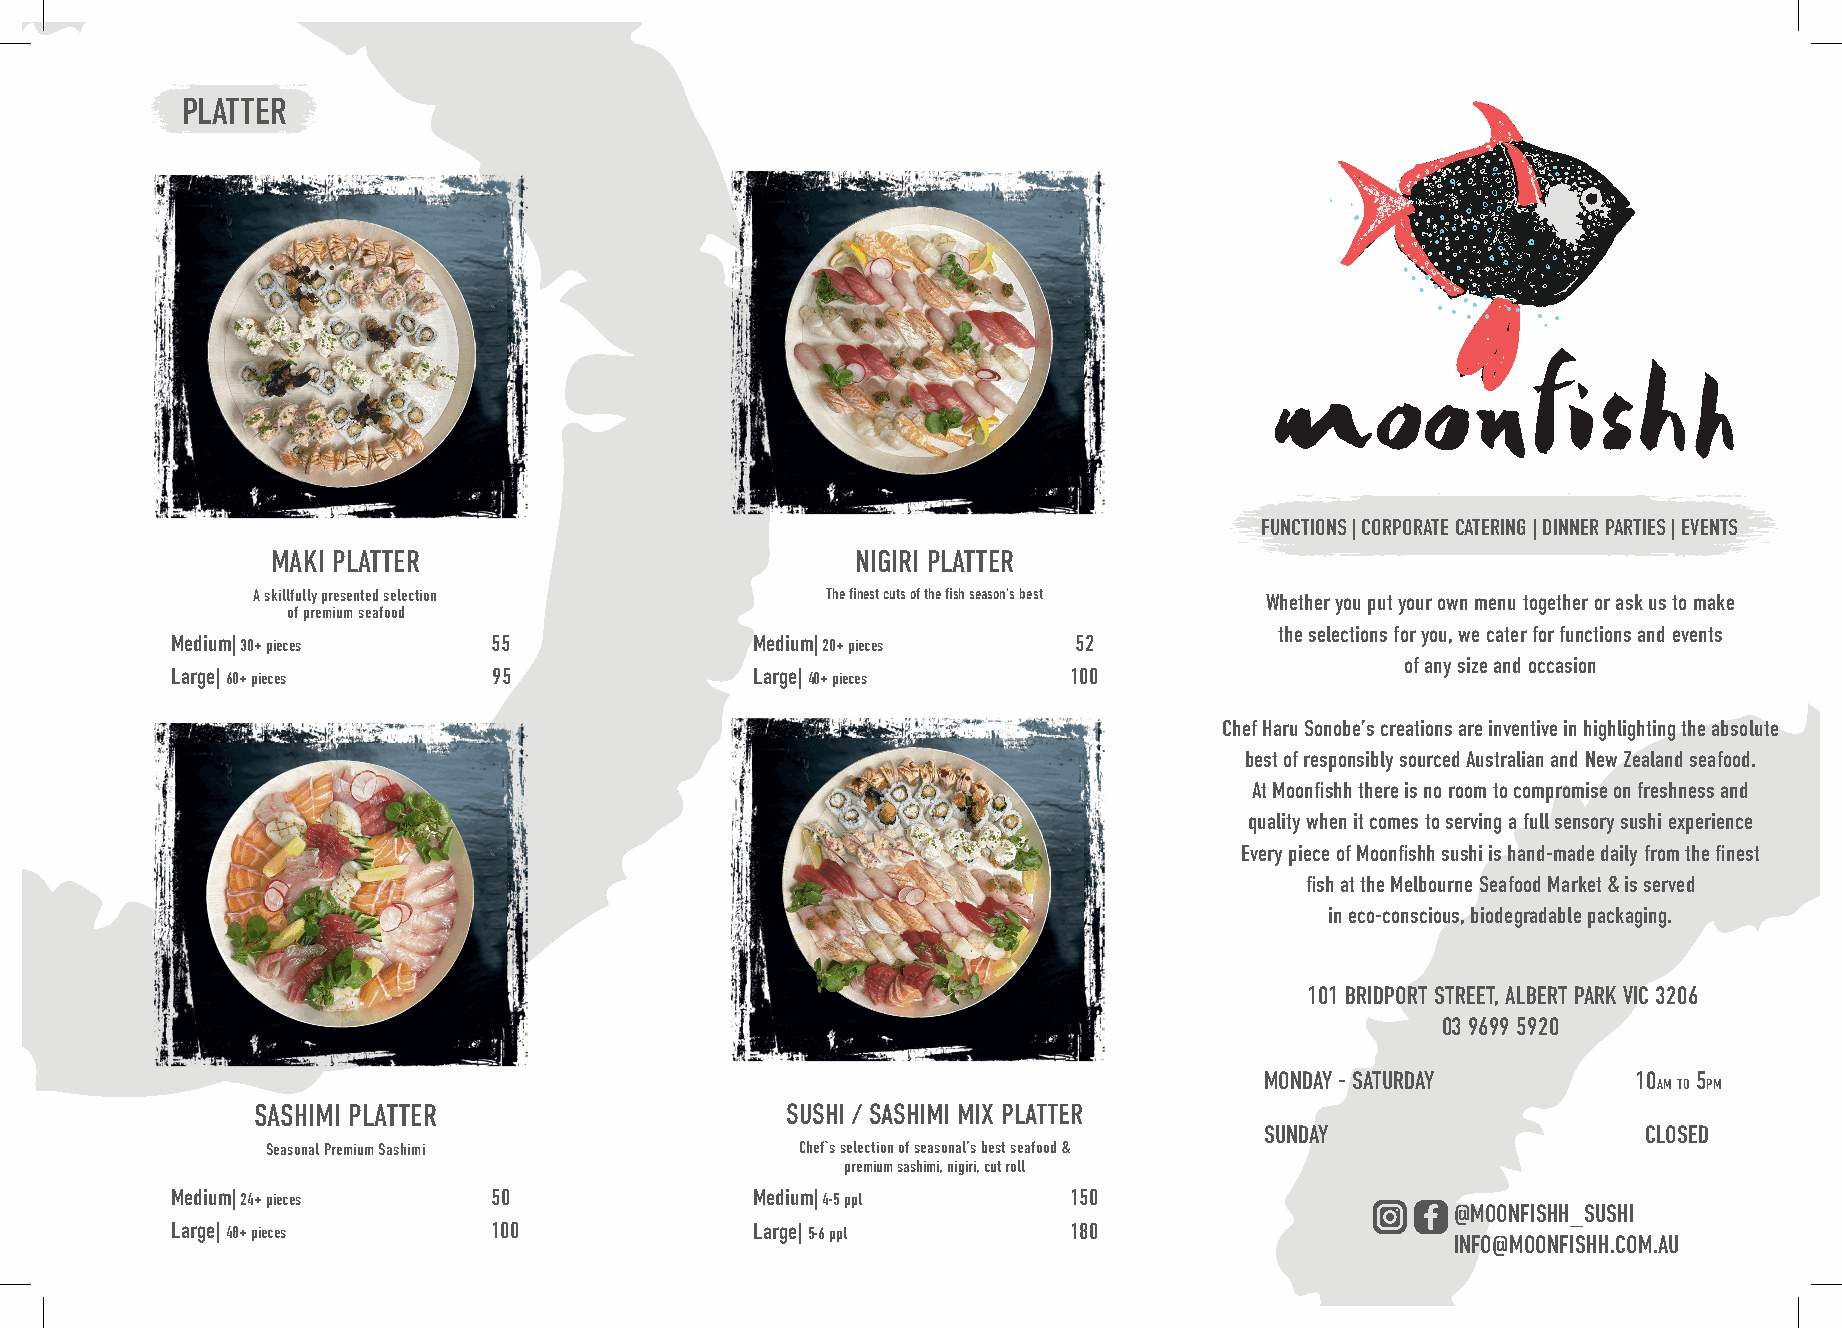
PLATTER
 FUNCTIONS | CORPORATE CATERING | DINNER PARTIES | EVENTS
 MAKI PLATTER                           NIGIRI PLATTER
 A skillfully presented selection      The finest cuts of the fish season’s best Whether you put your own menu together or ask us to m ake
 of premium seafood
 the selections for you, we cater for functions and events
 Medium| 30+ pieces    55               Medium| 20+ pieces   52
 of any size and occasion
 Large| 60+ pieces     95               Large| 40+ pieces    100
 Chef Haru Sonobe’s creations are inventive in highlighting the absolute
 best of responsibly sourced Australian and New Zealand seafood.
 At Moonfishh there is no room to compromise on freshness and
 quality when it comes to serving a full sensory sushi experience
 Every piece of Moonfishh sushi is hand-made daily from the finest
 fish at the Melbourne Seafood Market & is serv ed
 in eco-conscious, biodegradable packaging.
 101 BRIDPORT STREET, ALBERT PARK VIC 3206
 03 9699 5920
 MONDAY - SATURDAY       10  5
 AMTO PM
 SASHIMI PLATTER                    SUSHI / SASHIMI MIX PLATTER
 SUNDAY                   CLOSED
 Seasonal Premium Sashimi           Chef`s selection of seasonal’s best seafood &
 premium sashimi, nigiri, cut roll
 Medium| 24+ pieces    50               Medium| 4-5 ppl      150
 @MOONFISHH_SUSHI
 Large| 48+ pieces    100               Large| 5-6 ppl       180
 INFO@MOONFISHH.COM.AU